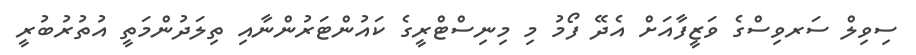
ސިވިލް ސަރވިސްގެ ވަޒީފާއަށް އެދޭ ފޯމު މި މިނިސްޓްރީގެ ކައުންޓަރުންނާއި ތިލަދުންމަތީ އުތުރުބުރީ